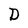
Character: D